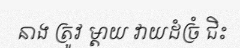
នាង ត្រូវ ម្តាយ វាយដំច្រំ ជិះ